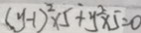
( y - 1 ) ^ { 2 } \times 5 + y ^ { 2 } \times 5 = 0